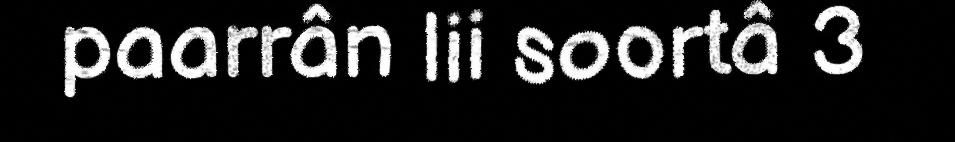
paarrân lii soortâ 3